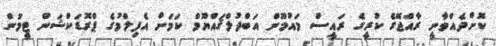
ކޮށްދެއްވާނީ ރާއްޖޭގެ ކުރީގެ ރައީސް މައުމޫން އަބްދުލްޤައްޔޫމް ކަމަށް އެފިލްމުގެ ޕްރޮޑަކްޝަން ޓީމުން